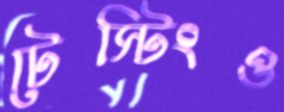
টেস্টিংও